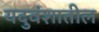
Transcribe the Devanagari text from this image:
यदुवंशातील